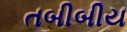
તબીબીય